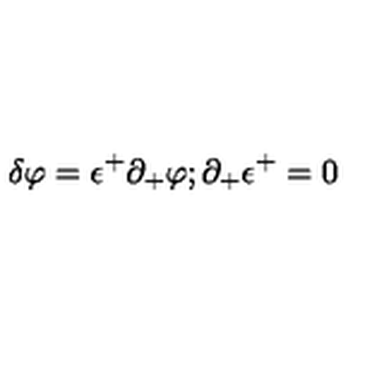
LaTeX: \delta \varphi = \epsilon ^ { + } \partial _ { + } \varphi ; \partial _ { + } \epsilon ^ { + } = 0